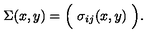
\Sigma ( x , y ) = \Bigl ( \ \sigma _ { i j } ( x , y ) \ \Bigl ) .